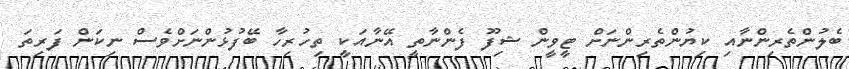
ބެލުންތެރިންނާއި ކިޔުންތެރިންނަށް ޓީވީން ޝިފޫ ފެންނާތީ އޭނާއަކީ ތިހުރިހާ ބޭފުޅުންނަށްވެސް ނިކަން ފަރިތަ